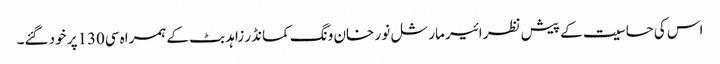
اس کی حساسیت کے پیش نظر ائیر مارشل نو ر خان ونگ کمانڈر زاہد بٹ کے ہمراہ سی130پر خود گئے۔